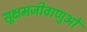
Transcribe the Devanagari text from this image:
सूक्षमजीवाणुओं